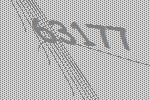
63177